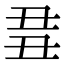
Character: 𬻘